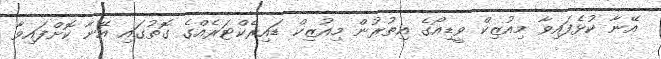
އޭނާ ކުޅެފައިވާ މިއުޒިކް ވީޑިއޯގެ އިތުރުން މިއުޒިކް ޑައިރެކްޓަރެއްގެ ގޮތުގައި އޭނާ ކޮށްފައިވާ